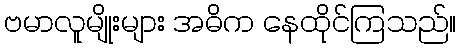
ဗမာလူမျိုးများ အဓိက နေထိုင်ကြသည်။